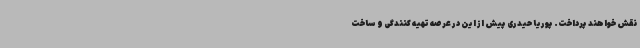
نقش خواهند پرداخت. پوریا حیدری پیش از این در عرصه تهیه کنندگی و ساخت